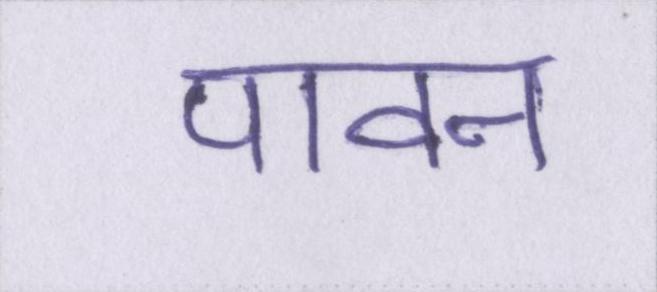
पावन